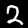
Digit: 2